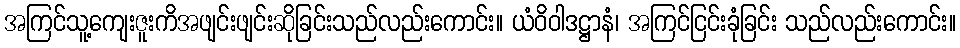
အကြင်သူ့ကျေးဇူးကိအဖျင်းဖျင်းဆိုခြင်းသည်လည်းကောင်း။ ယံဝိဝါဒဋ္ဌာနံ၊ အကြင်ငြင်းခုံခြင်း သည်လည်းကောင်း။